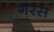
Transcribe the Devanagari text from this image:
गरस